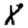
Digit: 8